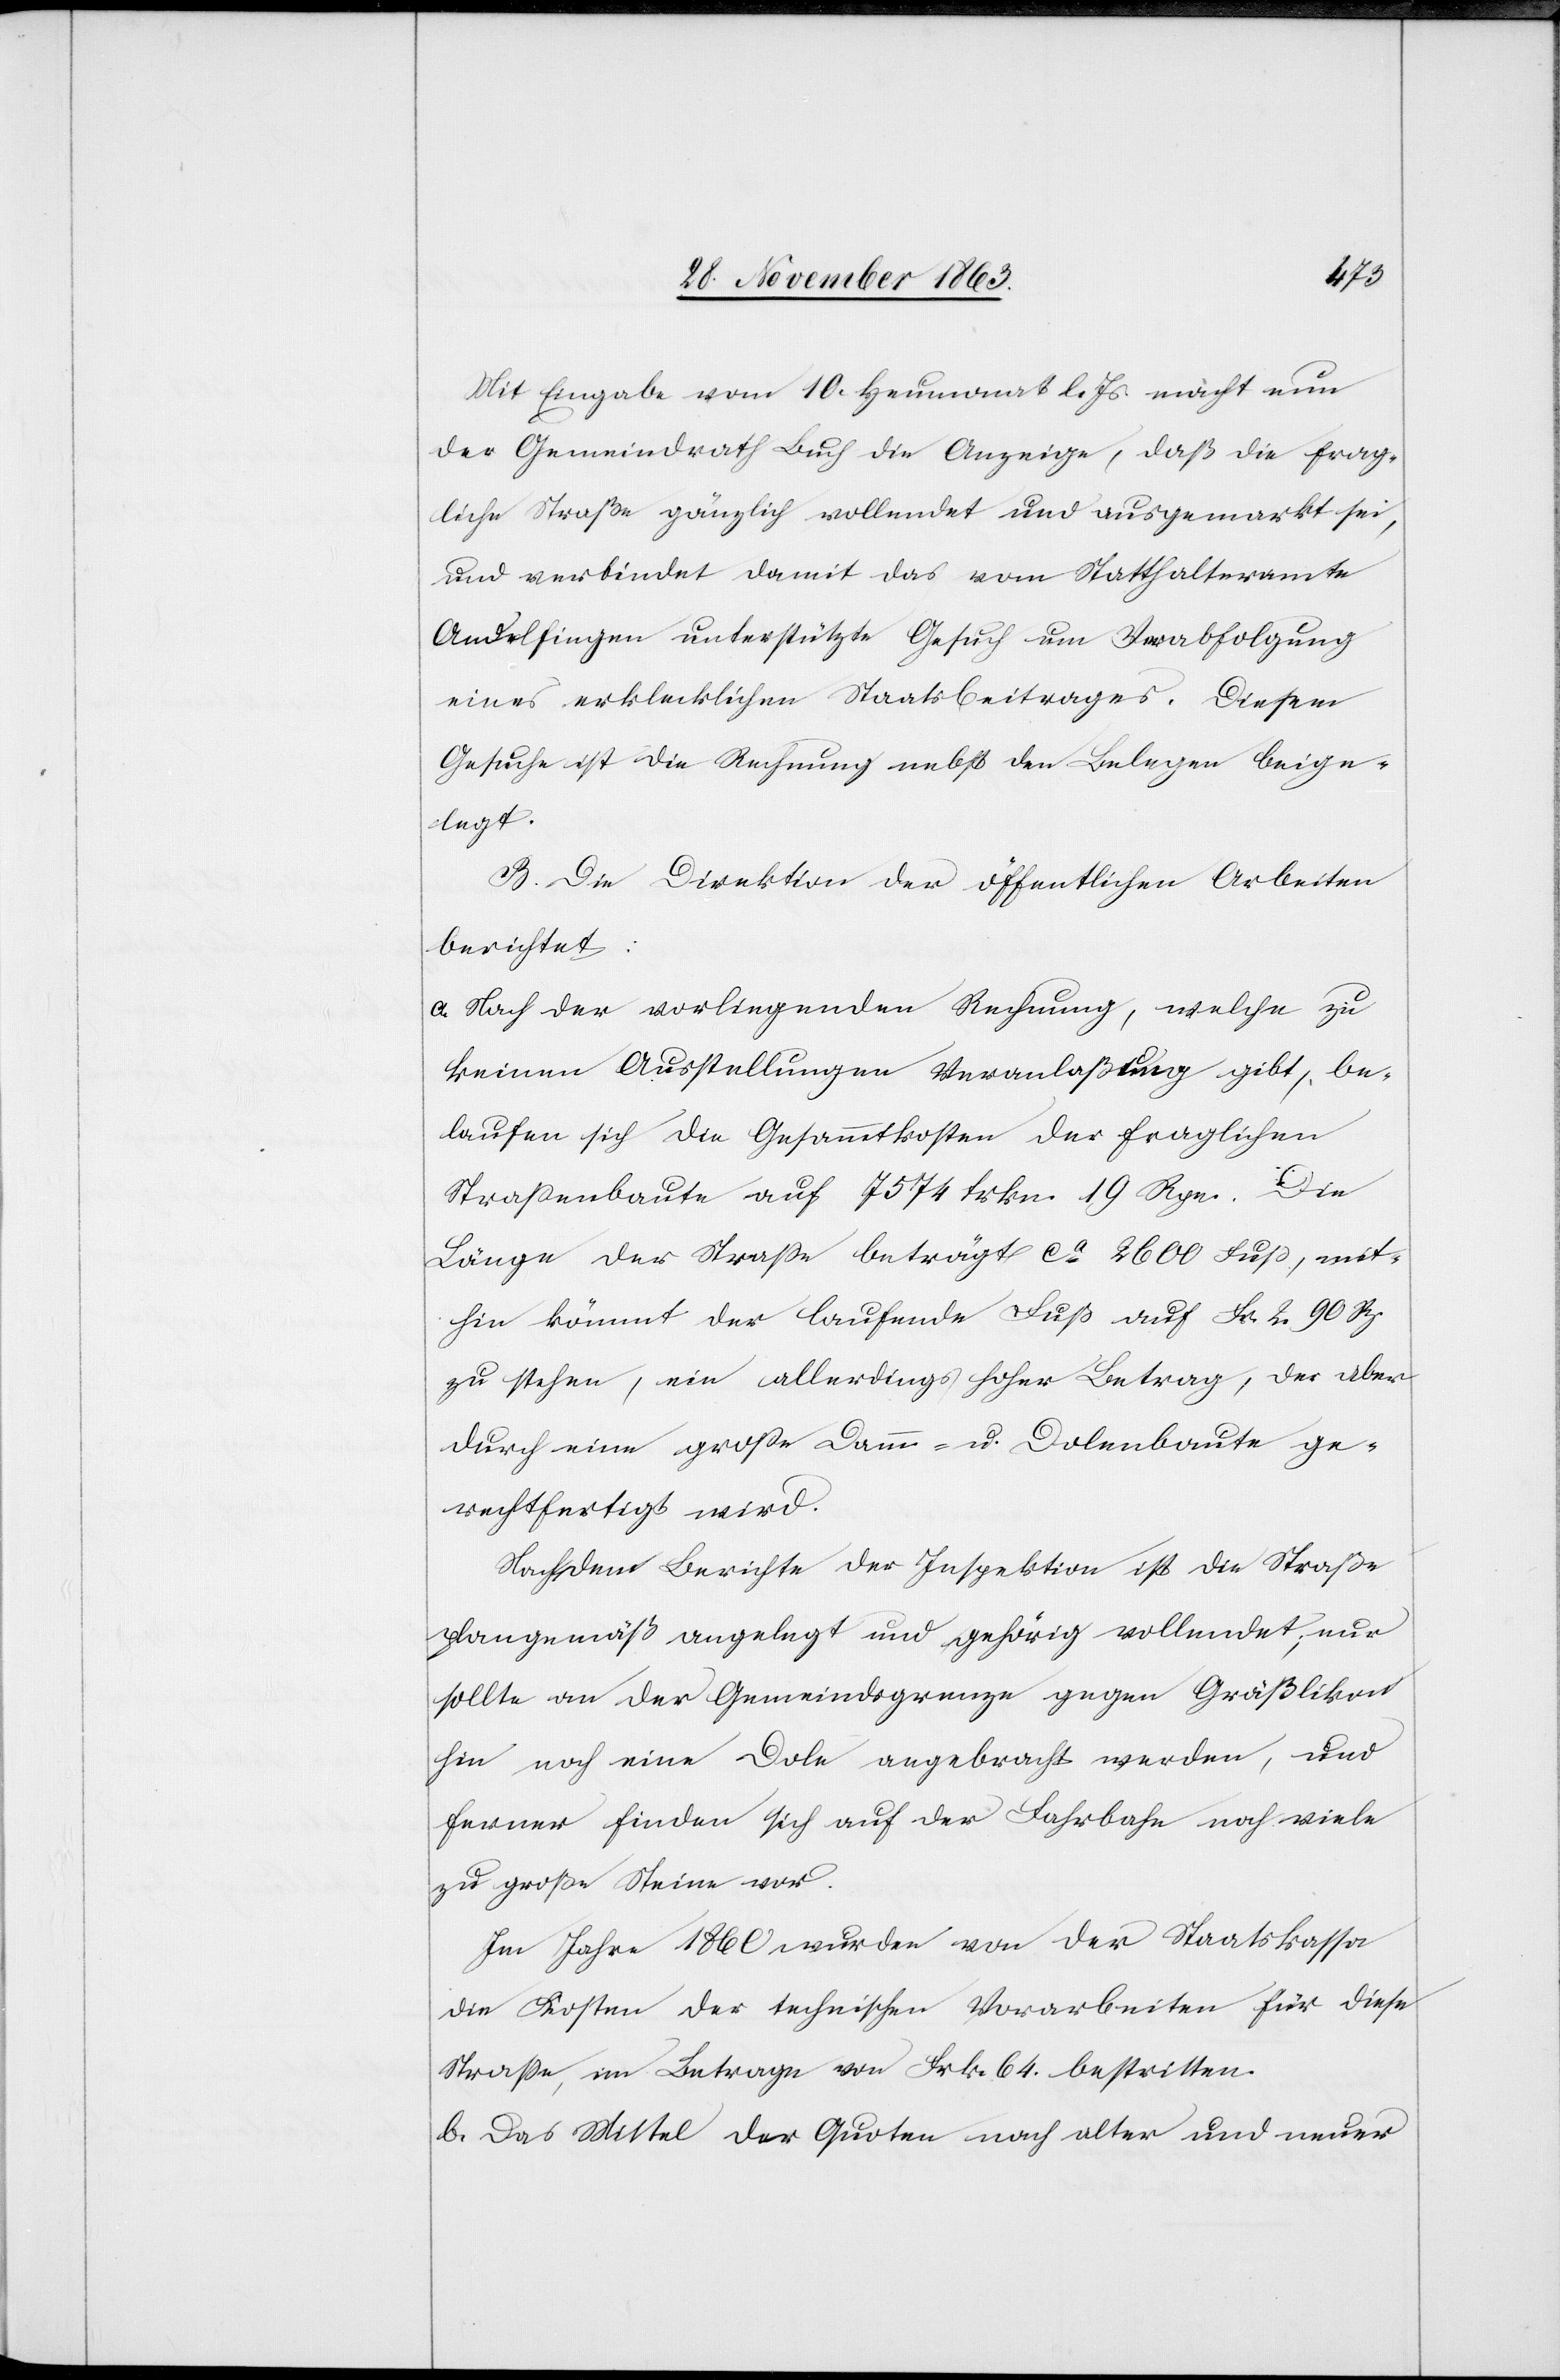
Mit Eingabe vom 10. Heumonat l. Js. macht nun
der Gemeindrath Buch die Anzeige, daß die frag¬
liche Straße gänzlich vollendet und ausgemarkt sei,
und verbindet damit das vom Statthalteramte
Andelfingen unterstützte Gesuch um Verabfolgung
eines erklecklichen Staatsbeitrages. Diesem
Gesuche ist die Rechnung nebst den Belegen beige¬
legt.
B. Die Direktion der öffentlichen Arbeiten
berichtet:
a. Nach der vorliegenden Rechnung, welche zu
keinen Ausstellungen Veranlaßung gibt, be¬
laufen sich die Gesammtkosten der fraglichen
Strassenbaute auf 7574 frkn. 19 Rpn. Die
Länge der Strasse beträgt ca 2600 Fuss, mit¬
hin kömmt der laufende Fuß auf Fr. 2. 90 Rp.
zu stehen, ein allerdings hoher Betrag, der aber
durch eine grosse Damm- u. Dolenbaute ge¬
rechtfertigt wird.
Nach dem Berichte der Inspektion ist die Straße
plangemäß angelegt und gehörig vollendet; nur
sollte an der Gemeindsgrenze gegen Gräßlikon
hin noch eine Dole angebracht werden, und
ferner finden sich auf der Fahrbahn noch viele
zu große Steine vor.
Im Jahre 1860 wurden von der Staatskassa
die Kosten der technischen Vorarbeiten für diese
Strasse, im Betrage von Frk. 64. bestritten.
b. Das Mittel der Quoten nach alter und neuer